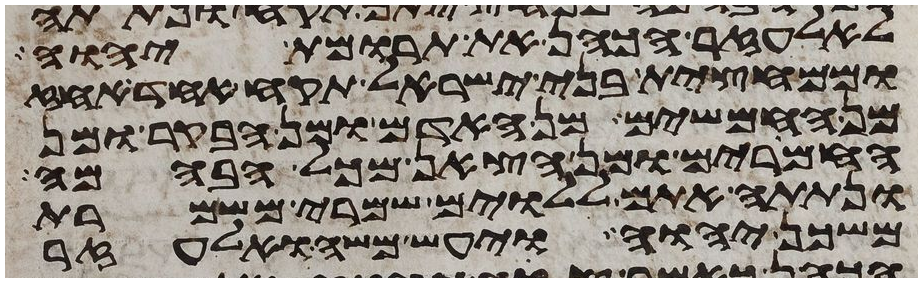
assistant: לאלעזר הכהן את תרומת יהוה
וממחצית בני ישראל תקח אחד אחז
החמשים מן האדם ומן הבקר ומן
החמרים ומן הצאן מכל הבהמה
ונתתה אתם ללוים שמרי משמרת
משכן יהוה ויעש משה ואלעזר